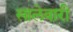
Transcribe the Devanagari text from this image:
सालेवारी